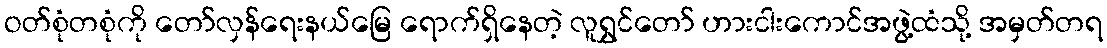
ဝတ်စုံတစုံကို တော်လှန်ရေးနယ်မြေ ရောက်ရှိနေတဲ့ လူရွှင်တော် ဟားငါးကောင်အဖွဲ့ထံသို့ အမှတ်တရ